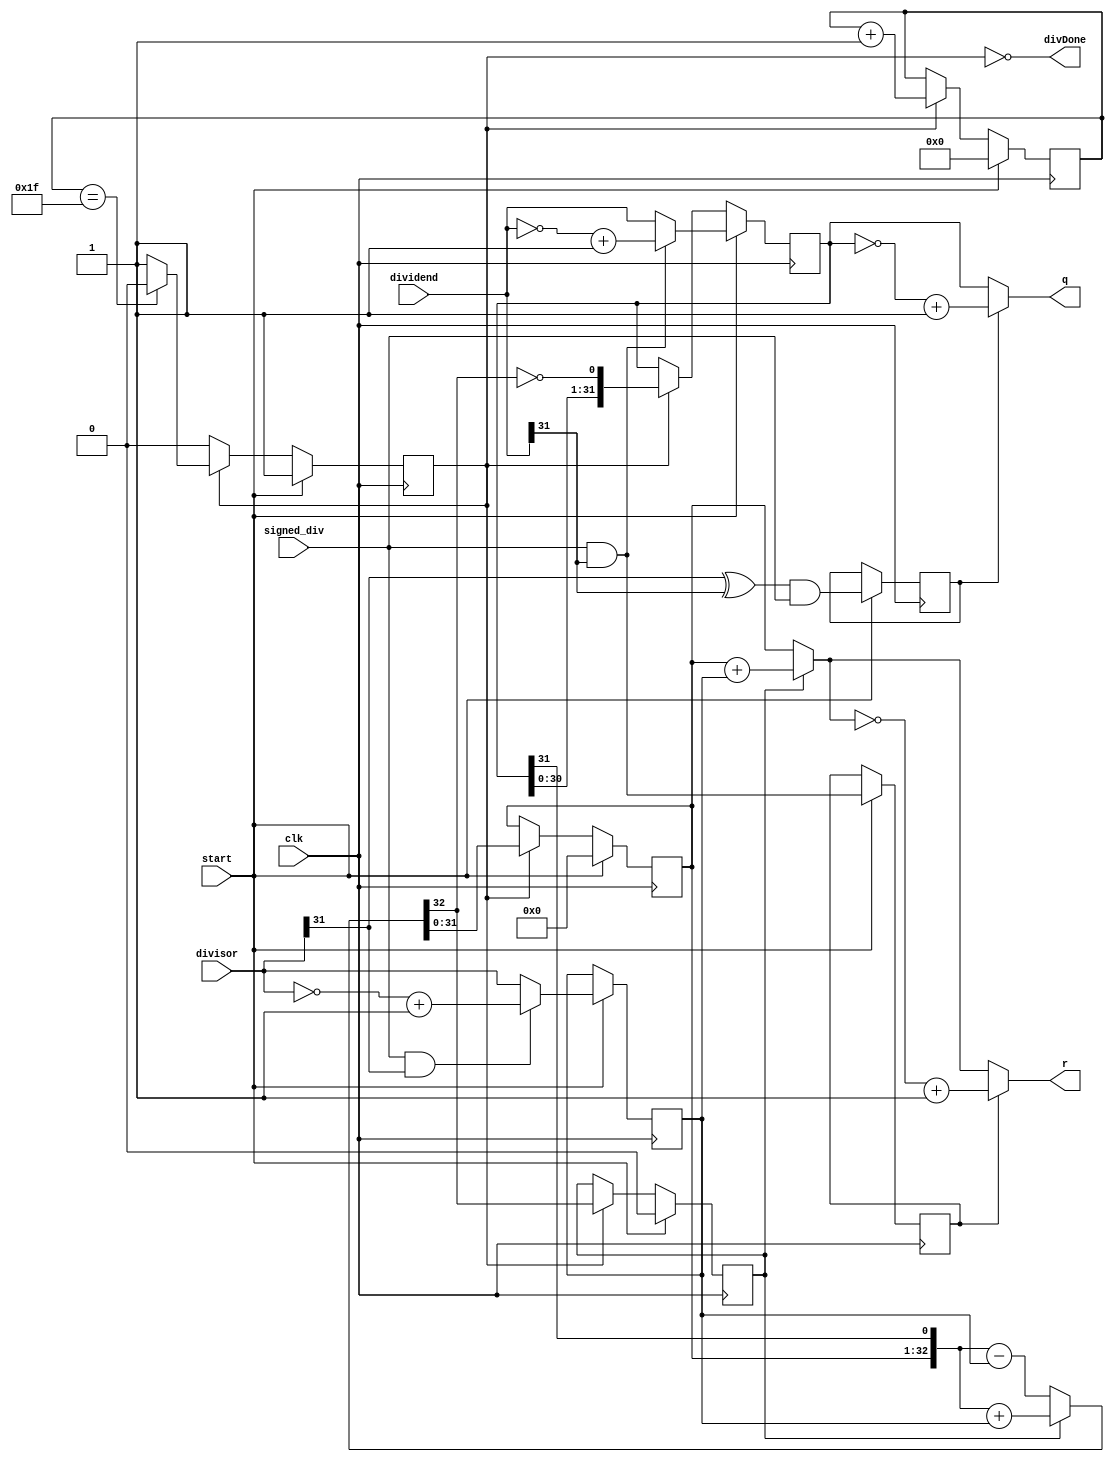
`timescale 1ns / 1ps

module divCalculate (
    input wire clk,
    input wire start,
    input wire signed_div,
    input wire[31:0] dividend,
    input wire[31:0] divisor,

    output wire[31:0] q,
    output wire[31:0] r,
    output wire divDone
);

    reg busy;
    reg r_signal;
    reg q_signal;
    reg [4:0] cnt;
    reg r_sign;
    reg [31:0] reg_b;
    reg [31:0] reg_r;
    reg [31:0] reg_q;
    wire [31:0] temp_r;
    wire [32:0] sub_add;

    assign sub_add = r_sign ? ({reg_r, reg_q[31]} + {1'b0, reg_b}) : ({reg_r, reg_q[31]} - {1'b0, reg_b});
    assign temp_r = r_sign ? reg_r + reg_b : reg_r;
    assign q = q_signal ? ~reg_q + 1 : reg_q; 
    assign r = r_signal ? ~temp_r + 1 : temp_r;
    assign divDone = ~busy;
    always @(posedge clk) begin
        if (start) begin
            busy <= 1'b1;
            reg_q <= signed_div & dividend[31] ? ~dividend + 1 : dividend;
            r_signal <= dividend[31] & signed_div;
            reg_r <= 32'h0;
            reg_b <= signed_div & divisor[31] ? ~divisor + 1 : divisor;
            q_signal <= (divisor[31] ^ dividend[31]) & signed_div;
            r_sign <= 1'b0;
            cnt <= 1'b0;
        end
        else if (busy) begin
            reg_r <= sub_add[31:0];
            r_sign <= sub_add[32];
            reg_q <= {reg_q[30:0], ~sub_add[32]};
            cnt <= cnt + 1'b1;
            if (cnt == 5'b11111) begin
                busy <= 1'b0;
            end
        end
    end
endmodule